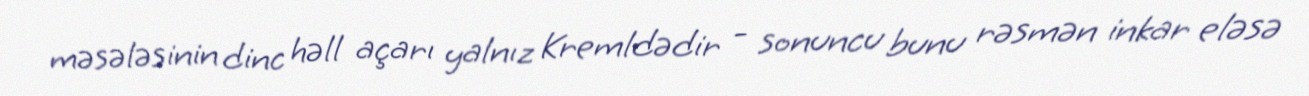
məsələsinin dinc həll açarı yalnız Kremldədir - sonuncu bunu rəsmən inkar eləsə